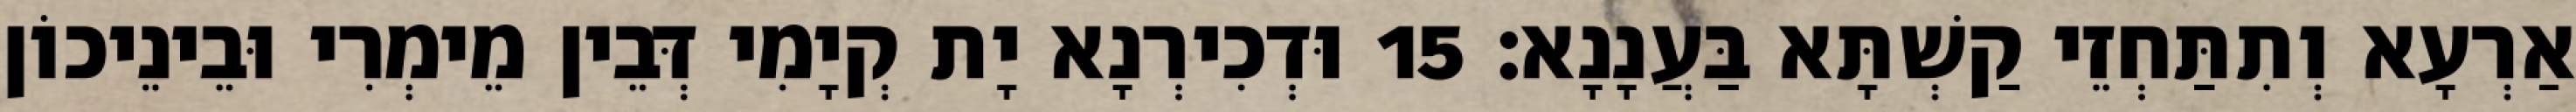
אַרְעָא וְתִתַּחְזֵי קַשְׁתָּא בַּעֲנָנָא׃ 15 וּדְכִירְנָא יָת קְיָמִי דְּבֵין מֵימְרִי וּבֵינֵיכוֹן